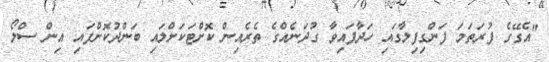
"އެގޭގެ ފުރަތަމަ ފަންގިފިލާގައި ހަދާފައިވާ ގުދަނެއްގެ ތެރެއިން ކޮށްޓަކަށްލައި ބަންދުކޮށްފައި އިން ސްލޯ